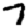
Digit: 7